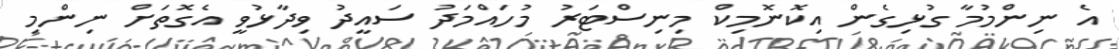
އެ ނިންމުމާ ގުޅިގެން އިކޮނޮމިކް މިނިސްޓަރު މުހައްމަދު ސައީދު ވިދާޅުވީ އެގޮތަށް ނިންމި